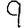
Digit: 9